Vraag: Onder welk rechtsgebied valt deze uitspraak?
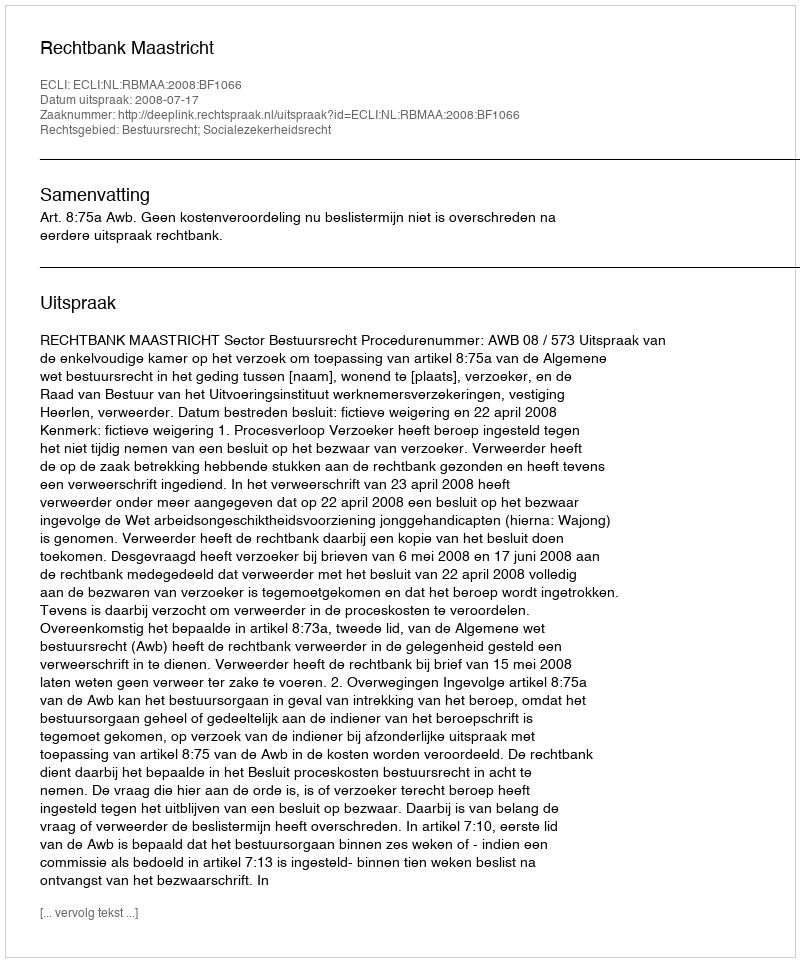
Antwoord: Bestuursrecht; Socialezekerheidsrecht